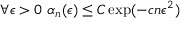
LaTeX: \forall \epsilon > 0 \, \, \alpha _ { n } ( \epsilon ) \leq C \exp ( - c n \epsilon ^ { 2 } )